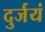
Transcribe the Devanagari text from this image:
दुर्जयं